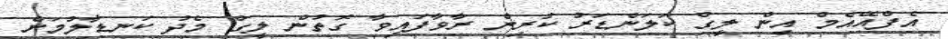
އެފްއޭއެމް އިން ލީގް ކަލަންޑަރު ކުރިން ރާވާފައިވާ ގޮތުން ލީގް މެދު ކަނޑާލުމަށް